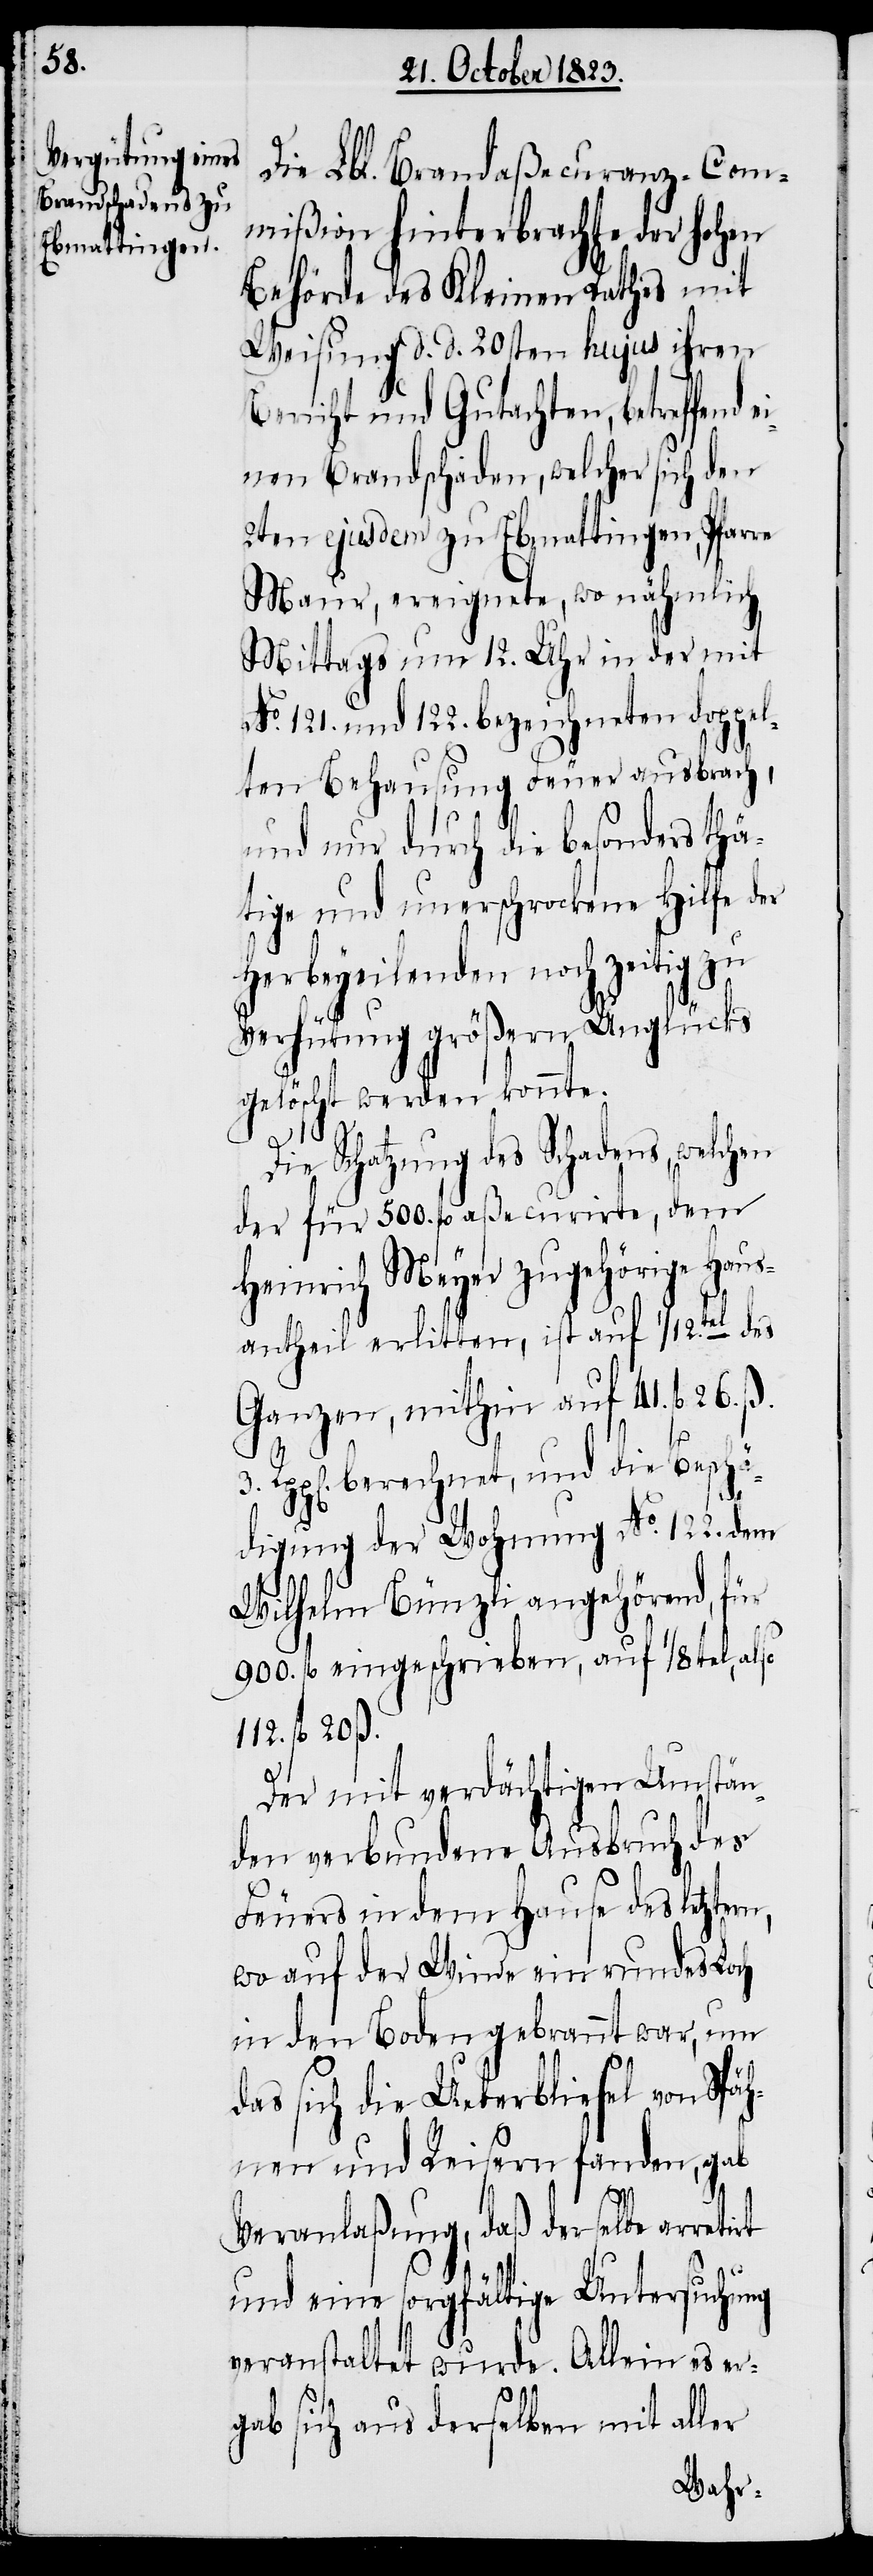
Die Lbl. Brandaßecuranz-Com¬
mißion hinterbrachte der hohen
Behörde des Kleinen Rathes mit
Weisung d. d. 20sten hujus ihren
Bericht und Gutachten, betreffend
einen Brandschaden, welcher sich den
2ten ejusdem zu Ebmattingen, Pfarre
Maur, ereignete, wo nähmlich
Mittags um 12. Uhr in der mit
No. 121. und 122. bezeichneten doppel¬
ten Behausung Feuer ausbrach,
und nur durch die besonders thä¬
tige und unerschrockene Hilfe der
Herbeyeilenden noch zeitig zu
Verhütung größern Unglücks
gelöscht werden konnte.
3.
Die Schatzung des Schadens, welchen
der für 500. fl aßecurirte, dem
Heinrich Meyer zugehörige Haus¬
antheil erlitten, ist auf 1/12.tel des
Ganzen, mithin auf 41. fl 26. ß.
Rpp[en]. berechnet, und die Beschä¬
digung der Wohnung No. 122. dem
Wilhelm Bünzli angehörend, für
900. fl eingeschrieben, auf 1/8tel, also
122. fl 20 ß.
n,
Der mit verdächtigen Umstän¬
den verbundene Ausbruch des
Feuers in dem Hause des letzter¬
wo auf der Winde ein rundes Loch
in den Boden gebrannt war, um
das sich die Ueberbliesel von Späh¬
nen und Reisern fanden, gab
Veranlaßung, daß derselbe arretirt
und eine sorgfältige Untersuchung
veranstaltet wurde. Allein es er¬
gab sich aus derselben mit aller